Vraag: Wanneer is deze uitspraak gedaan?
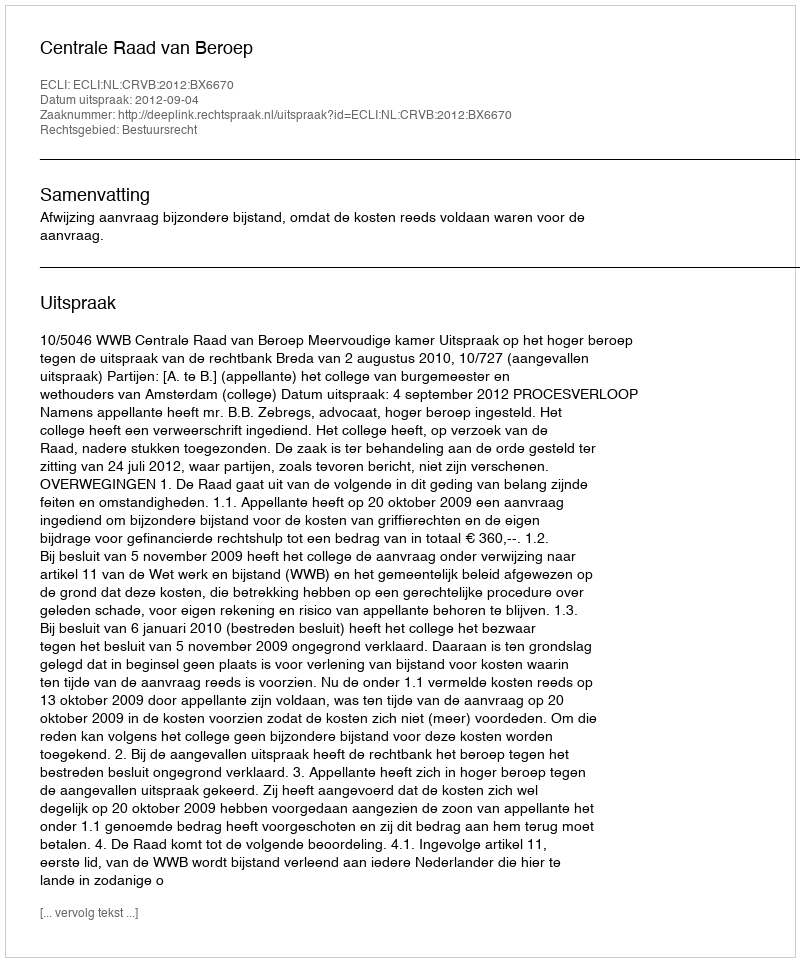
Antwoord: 2012-09-04